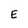
Character: E